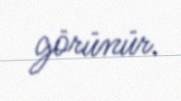
görünür.